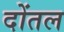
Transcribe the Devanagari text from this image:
दोंतल